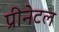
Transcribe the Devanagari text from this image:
प्रीनेटल